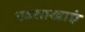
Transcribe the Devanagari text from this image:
नदशाखाएं